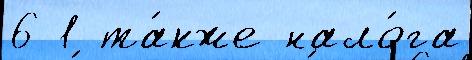
6 1 та́кже нало́га